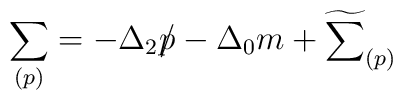
\sum_{(p)}=-\Delta_{2}p\hspace{-0.2cm}/-\Delta_{0}m+\widetilde{\sum}_{(p)}